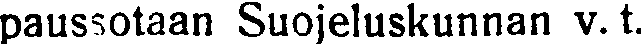
paussotaan Suojeluskunnan v. t.